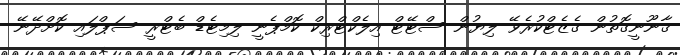
ޤާނޫނީގޮތުން ގެޒެޓްކުރެވޭ ލިޔުން ސްޓޭޓް އިލެކްޓްރިކް ކޮމްޕެނީ ލިމިޓެޑް ބެޓްރީ ސަޕްލައި ކޮށްދޭނޭ